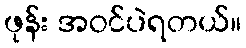
ဖုန်း အဝင်ပဲရတယ်။